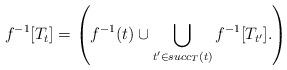
LaTeX: \begin{align*}f^{-1}[T_t] = \left(f^{-1}(t)\cup \bigcup_{t^\prime\in succ_T(t)}f^{-1}[T_{t^\prime}]. \right)\end{align*}